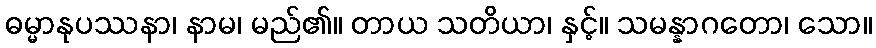
ဓမ္မာနုပဿနာ၊ နာမ၊ မည်၏။ တာယ သတိယာ၊ နှင့်။ သမန္နာဂတော၊ သော။